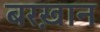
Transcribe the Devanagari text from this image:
बरख़ान